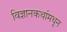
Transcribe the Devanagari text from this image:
विज्ञानकथांमधून